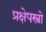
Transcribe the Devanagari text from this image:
प्रक्षेपस्त्रो